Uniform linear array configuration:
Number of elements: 12
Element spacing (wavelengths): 0.5
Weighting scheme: cosine
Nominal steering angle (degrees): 60
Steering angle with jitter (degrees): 59.05
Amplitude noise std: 0.05
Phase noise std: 0.05

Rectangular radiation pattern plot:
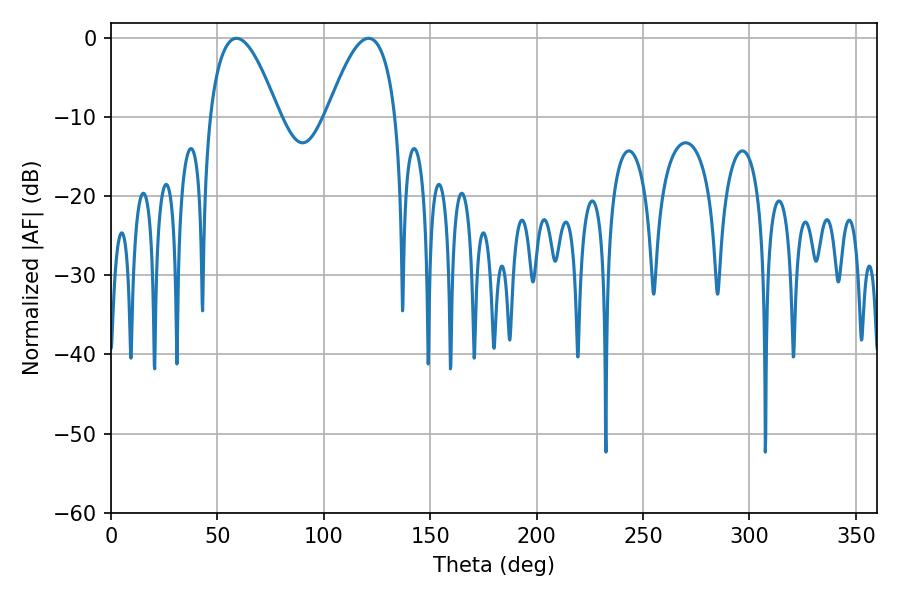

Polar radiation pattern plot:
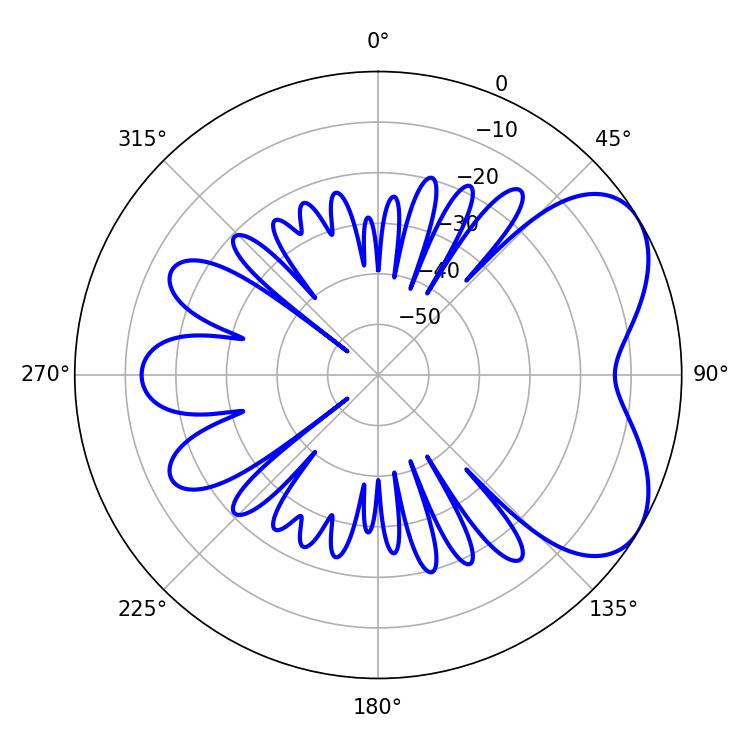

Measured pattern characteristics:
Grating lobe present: FALSE
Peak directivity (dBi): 5.457
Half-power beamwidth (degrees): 17.82
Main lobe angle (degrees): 120.96